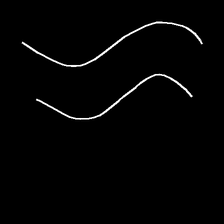
Glyph: float